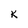
Character: k